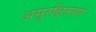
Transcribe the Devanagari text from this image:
असुरक्षितपणे